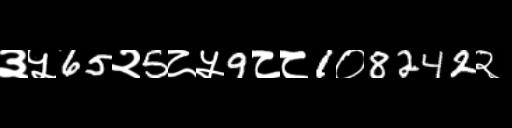
Text: ३५65२5८५9८८1०8242२